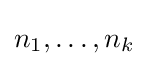
n_{1},\dots ,n_{k}